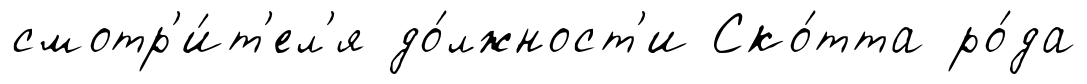
смотр'и́т'ел'я до́лжност'и Ско́тта ро́да